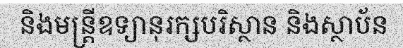
និងមន្ត្រីឧទ្យានុរក្សបរិស្ថាន និងស្ថាប័ន